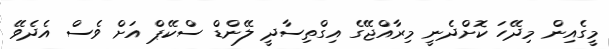
މީގެއިން މިދޭހަ ކޮށްދެނީ މިރާއްޖޭގެ އިގްތިސާދީ ލޭންޑް ސްކޭޕް އަށް ވެސް އެދެވޭ